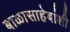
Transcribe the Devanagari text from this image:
बाळासाहेबांशी